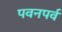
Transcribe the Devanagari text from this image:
पवनपर्व